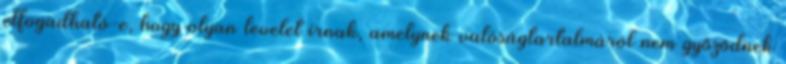
elfogadható-e, hogy olyan levelet írnak, amelynek valóságtartalmáról nem győződnek